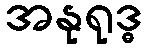
အနုရုဒ္ဓ